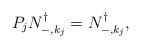
LaTeX: \begin{align*}P_j N_{-,k_j}^\dagger=N_{-,k_j}^\dagger,\end{align*}